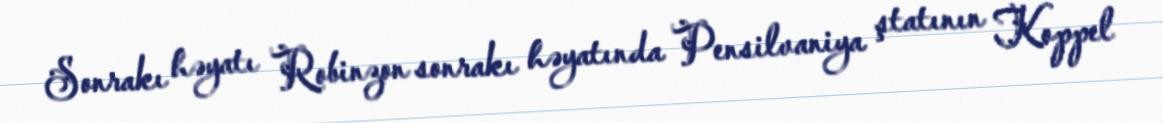
Sonrakı həyatı Robinzon sonrakı həyatında Pensilvaniya ştatının Koppel